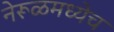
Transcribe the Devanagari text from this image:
नेरूळमध्येच